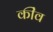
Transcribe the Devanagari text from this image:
कींव